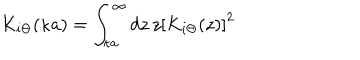
{ \mathcal K _ { i \Theta } } ( \kappa a ) = \int _ { \kappa a } ^ { \infty } d z \, z \left[ K _ { i \Theta } ( z ) \right] ^ { 2 } \;